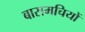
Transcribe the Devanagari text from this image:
बासमचियों